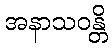
အနာသဝန္တိ